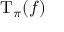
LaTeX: \operatorname { T } _ { \pi } ( f )